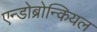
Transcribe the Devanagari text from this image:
एन्डोब्रोन्कियल